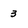
Character: 3